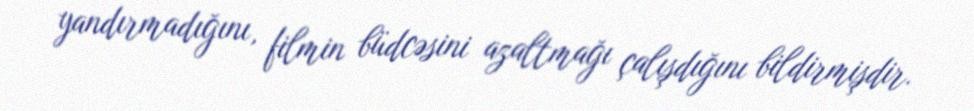
yandırmadığını, filmin büdcəsini azaltmağı çalışdığını bildirmişdir.